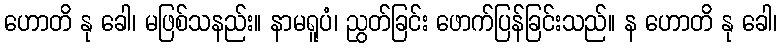
ဟောတိ နု ခေါ၊ မဖြစ်သနည်း။ နာမရူပံ၊ ညွတ်ခြင်း ဖောက်ပြန်ခြင်းသည်။ န ဟောတိ နု ခေါ၊